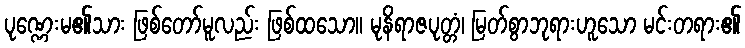
ပုဏ္ဏေးမ၏သား ဖြစ်တော်မူလည်း ဖြစ်ထသော။ မုနိရာဇပုတ္တံ၊ မြတ်စွာဘုရားဟူသော မင်းတရား၏